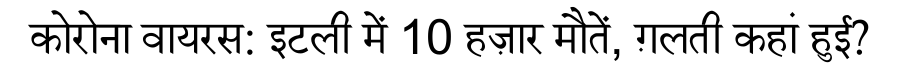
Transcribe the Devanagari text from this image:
कोरोना वायरस: इटली में 10 हज़ार मौतें, ग़लती कहां हुई?